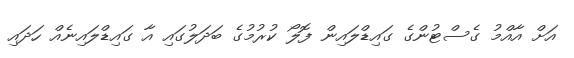
އަށް އާއްމު ގެސްޓުންގެ ގައިޑްލައިން ފޮލޯ ކުރުމުގެ ބަދަލުގައި އާ ގައިޑްލައިނެއް ހަދައި